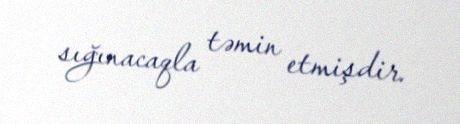
sığınacaqla təmin etmişdir.